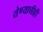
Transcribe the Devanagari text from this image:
येण्याचीही